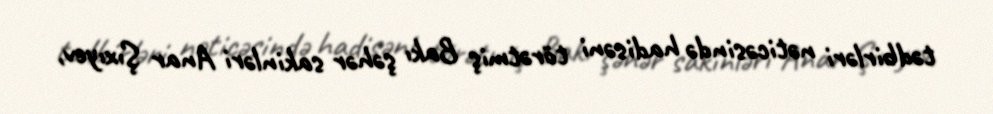
tədbirləri nəticəsində hadisəni törətmiş Bakı şəhər sakinləri Anar Şıxıyev,